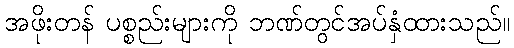
အဖိုးတန် ပစ္စည်းများကို ဘဏ်တွင်အပ်နှံထားသည်။